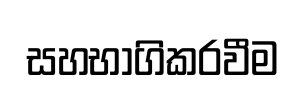
සහභාගිකරවීම